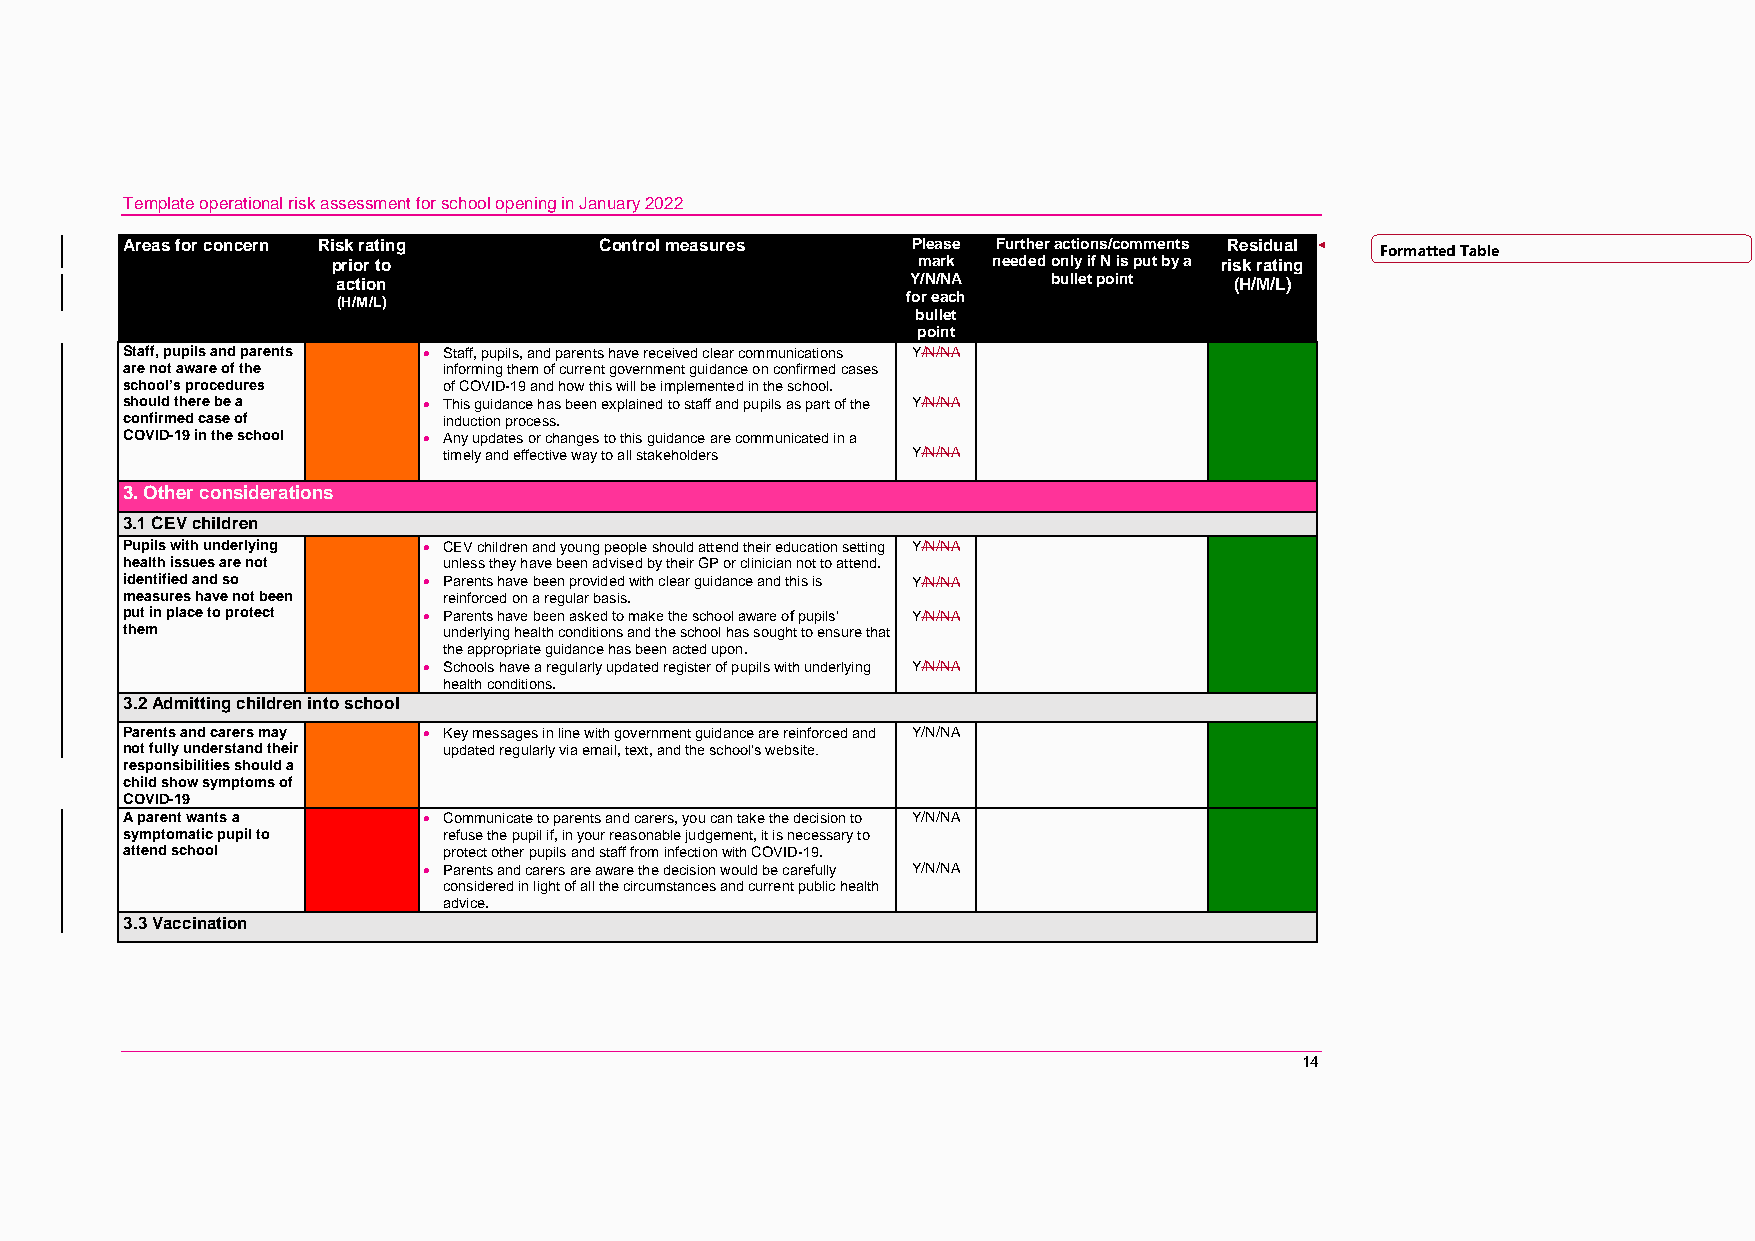
Template operational risk assessment for school opening in January 2022
 Areas for concern Risk rating   Control measures    Please Further actions/comments Residual Formatted Table
 prior to                               mark needed only if N is put by a risk rating
 action                                Y/N/NA    bullet point (H/M/L)
 (H/M/L)                               for each
 bullet
 point
 Staff, pupils and parents  Staff, pupils, and parents have received clear communications Y/N/NA
 are not aware of the informing them of current government guidance on confirmed cases
 school’s procedures  of COVID-19 and how this will be implemented in the school.
 should there be a    This guidance has been explained to staff and pupils as part of the Y/N/NA
 confirmed case of    induction process.
 COVID-19 in the school  Any updates or changes to this guidance are communicated in a
 timely and effective way to all stakeholders Y/N/NA
 3. Other considerations
 3.1 CEV children
 Pupils with underlying  CEV children and young people should attend their education setting Y/N/NA
 health issues are not unless they have been advised by their GP or clinician not to attend.
 identified and so    Parents have been provided with clear guidance and this is Y/N/NA
 measures have not been reinforced on a regular basis.
 put in place to protect  Parents have been asked to make the school aware of pupils’ Y/N/NA
 them                 underlying health conditions and the school has sought to ensure that
 the appropriate guidance has been acted upon.
  Schools have a regularly updated register of pupils with underlying Y/N/NA
 health conditions.
 3.2 Admitting children into school
 Parents and carers may  Key messages in line with government guidance are reinforced and Y/N/NA
 not fully understand their updated regularly via email, text, and the school’s website.
 responsibilities should a
 child show symptoms of
 COVID-19
 A parent wants a     Communicate to parents and carers, you can take the decision to Y/N/NA
 symptomatic pupil to refuse the pupil if, in your reasonable judgement, it is necessary to
 attend school        protect other pupils and staff from infection with COVID-19.
  Parents and carers are aware the decision would be carefully Y/N/NA
 considered in light of all the circumstances and current public health
 advice.
 3.3 Vaccination
 14